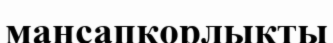
мансапқорлыкты